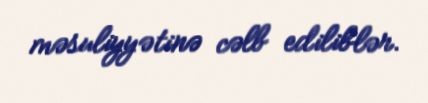
məsuliyyətinə cəlb ediliblər.